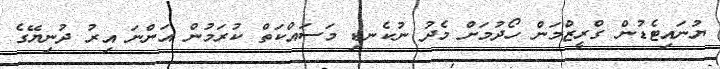
ޔުނައިޓެޑުން ގްރީޒްމަން ހޯދުމަށް މެދު ނުކެނޑި މަސައްކަތް ކުރަމުން އަންނަ އިރު ދުނިޔޭގެ